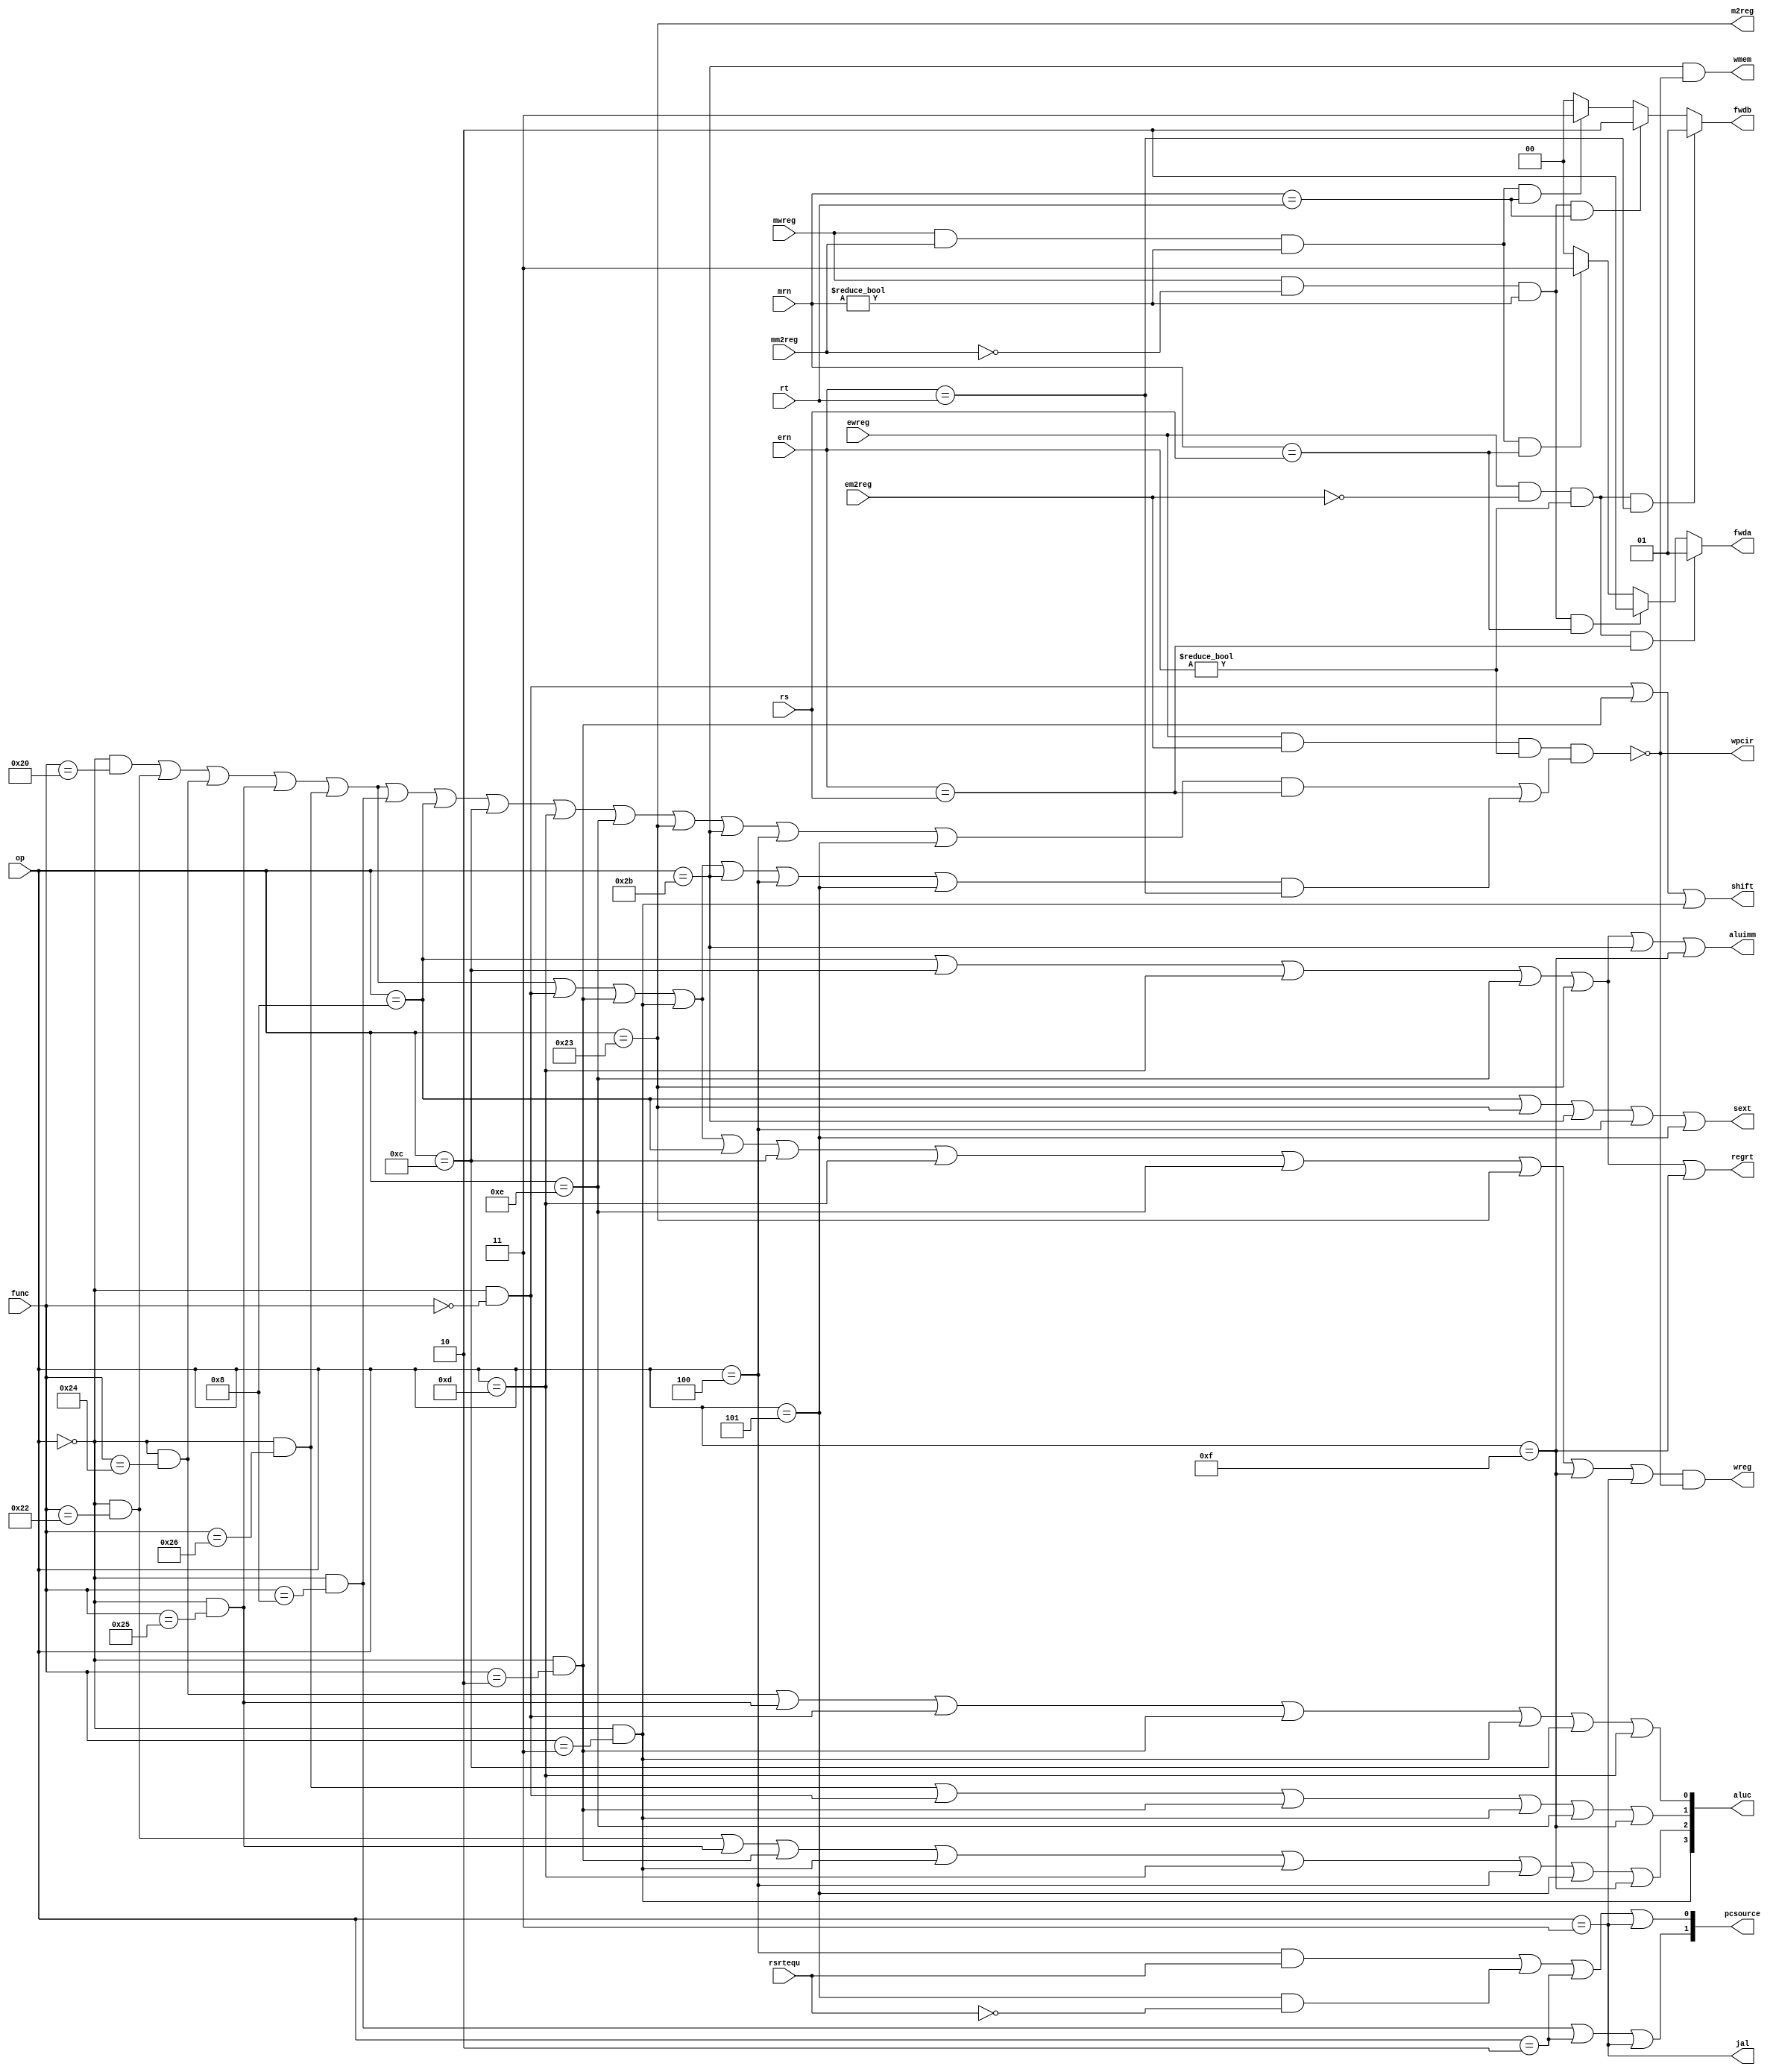
module pipe_cu(op, func, rs, rt, ern, mrn, rsrtequ, ewreg, em2reg, mwreg, mm2reg,
	wpcir, wreg, m2reg, wmem, jal, aluimm, shift, regrt, sext, pcsource, fwda, fwdb, aluc);
	input            rsrtequ, ewreg, em2reg, mwreg, mm2reg;
	input      [4:0] rs, rt, ern, mrn;
	input      [5:0] op, func;
	output           wpcir, wreg, m2reg, wmem, jal, aluimm, shift, regrt, sext;
	output     [1:0] pcsource;
	output reg [1:0] fwda, fwdb;
	output     [3:0] aluc;

	wire r_type = op == 6'b000000;
	wire i_add = r_type & func == 6'b100000;
	wire i_sub = r_type & func == 6'b100010;
	wire i_and = r_type & func == 6'b100100;
	wire i_or  = r_type & func == 6'b100101;
	wire i_xor = r_type & func == 6'b100110;
	wire i_sll = r_type & func == 6'b000000;
	wire i_srl = r_type & func == 6'b000010;
	wire i_sra = r_type & func == 6'b000011;
	wire i_jr  = r_type & func == 6'b001000;
	wire i_addi = op == 6'b001000;
	wire i_andi = op == 6'b001100;
	wire i_ori  = op == 6'b001101;
	wire i_xori = op == 6'b001110;
	wire i_lw   = op == 6'b100011;
	wire i_sw   = op == 6'b101011;
	wire i_beq  = op == 6'b000100;
	wire i_bne  = op == 6'b000101;
	wire i_lui  = op == 6'b001111;
	wire i_j    = op == 6'b000010;
	wire i_jal  = op == 6'b000011;

	// Determine which instructions use rs/rt.
	wire use_rs = i_add | i_sub | i_and | i_or | i_xor | i_jr | i_addi | i_andi | i_ori | i_xori
		| i_lw | i_sw | i_beq | i_bne;
	wire use_rt = i_add | i_sub | i_and | i_or | i_xor | i_sll | i_srl | i_sra | i_sw | i_beq | i_bne;

	wire load_use_hazard = ewreg & em2reg & (ern != 0) & ((use_rs & (ern == rs)) | (use_rt & (ern == rt)));

	// When load/use hazard happens, stall F and D registers (stall PC),
	// and generate a bubble to E register (by forbidding writing registers and memory).
	assign wpcir = ~load_use_hazard;
	assign wreg = (i_add | i_sub | i_and | i_or | i_xor | i_sll | i_srl | i_sra
		| i_addi | i_andi | i_ori | i_xori | i_lw | i_lui | i_jal) & ~load_use_hazard;
	assign m2reg = i_lw;
	assign wmem = i_sw & ~load_use_hazard;
	assign jal = i_jal;
	assign aluimm = i_addi | i_andi | i_ori | i_xori | i_lw | i_sw | i_lui;
	assign shift = i_sll | i_srl | i_sra;
	assign regrt = i_addi | i_andi | i_ori | i_xori | i_lw | i_lui;
	assign sext = i_addi | i_lw | i_sw | i_beq | i_bne;

	assign pcsource[1] = i_jr | i_j | i_jal;
	assign pcsource[0] = (i_beq & rsrtequ) | (i_bne & ~rsrtequ) | i_j | i_jal;

	assign aluc[3] = i_sra;
	assign aluc[2] = i_sub | i_or | i_srl | i_sra | i_ori | i_beq | i_bne | i_lui;
	assign aluc[1] = i_xor | i_sll | i_srl | i_sra | i_xori | i_lui;
	assign aluc[0] = i_and | i_or | i_sll | i_srl | i_sra | i_andi | i_ori;

	// Forwarding logic.
	// Forward priority: Look for E stage first, then M stage.
	// Also, we should not forward r0.
	always @(*) begin
		if (ewreg & ~em2reg & (ern != 0) & (ern == rs))
			fwda = 2'b01; // Forward from ealu.
		else if (mwreg & ~mm2reg & (mrn != 0) & (mrn == rs))
			fwda = 2'b10; // Forward from malu.
		else if (mwreg & mm2reg & (mrn != 0) & (mrn == rs))
			fwda = 2'b11; // Forward from mmo.
		else
			fwda = 2'b00; // Do not forward.
	end

	always @(*) begin
		if (ewreg & ~em2reg & (ern != 0) & (ern == rt))
			fwdb = 2'b01; // Forward from ealu.
		else if (mwreg & ~mm2reg & (mrn != 0) & (mrn == rt))
			fwdb = 2'b10; // Forward from malu.
		else if (mwreg & mm2reg & (mrn != 0) & (mrn == rt))
			fwdb = 2'b11; // Forward from mmo.
		else
			fwdb = 2'b00; // Do not forward.
	end
endmodule